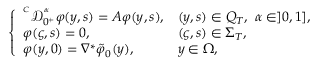
\left\{ \begin{array} { l l l l } { ^ { ^ C } \mathcal { D } _ { 0 ^ { + } } ^ { ^ \alpha } \varphi ( y , s ) = A \varphi ( y , s ) , } & { ( y , s ) \in Q _ { T } , \ \alpha \in ] 0 , 1 ] , } \\ { \varphi ( \varsigma , s ) = 0 , } & { ( \varsigma , s ) \in \Sigma _ { T } , } \\ { \varphi ( y , 0 ) = \nabla ^ { * } \tilde { \varphi } _ { 0 } ( y ) , } & { y \in \Omega , } \end{array} \right.